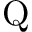
\mathrm { Q }